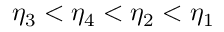
\eta _ { 3 } < \eta _ { 4 } < \eta _ { 2 } < \eta _ { 1 }